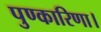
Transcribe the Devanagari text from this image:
पुण्कारिणा।